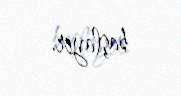
başlayır.